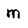
Character: m